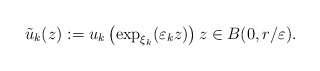
\begin{align*}\tilde{u}_{k}(z):=u_{k}\left( \exp_{\xi_{k}}(\varepsilon_{k}z)\right)z\in B(0,r/\varepsilon).\end{align*}